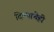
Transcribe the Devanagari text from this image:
दिल्याचेही